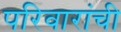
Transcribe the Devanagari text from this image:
परिवारांची